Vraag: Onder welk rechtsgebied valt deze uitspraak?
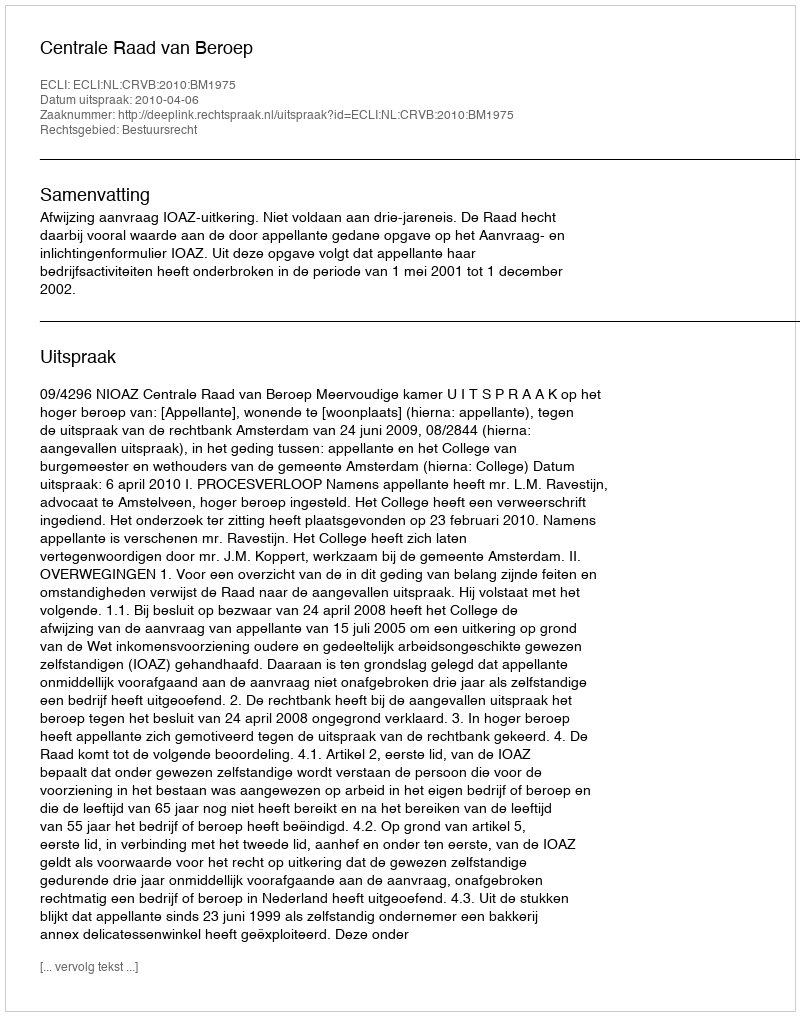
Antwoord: Bestuursrecht